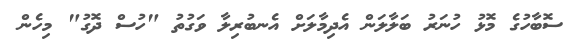
ސޮބާހުގެ މޮޅު ހުނަރު ބަލާލަން އެދިމާލަށް އެނބުރިލާ ވަގުތު "ހުސް ދޮގު" މިހެން